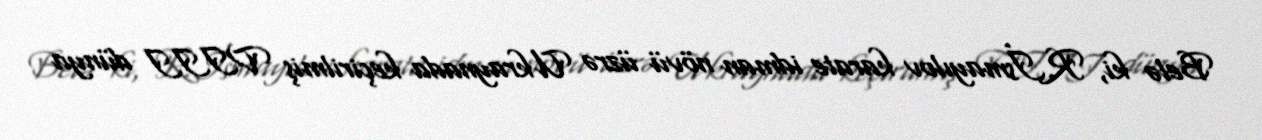
Belə ki, R.İsmayılov karate idman növü üzrə Ukraynada keçirilmiş VIII dünya